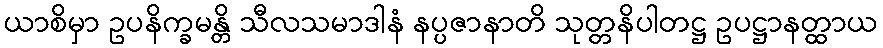
ယာစိမှာ ဥပနိက္ခမန္တိ သီလသမာဒါနံ နပ္ပဇာနာတိ သုတ္တနိပါတဋ္ဌ ဥပဋ္ဌာနတ္ထာယ